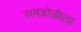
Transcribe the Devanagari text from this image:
समडोळीला